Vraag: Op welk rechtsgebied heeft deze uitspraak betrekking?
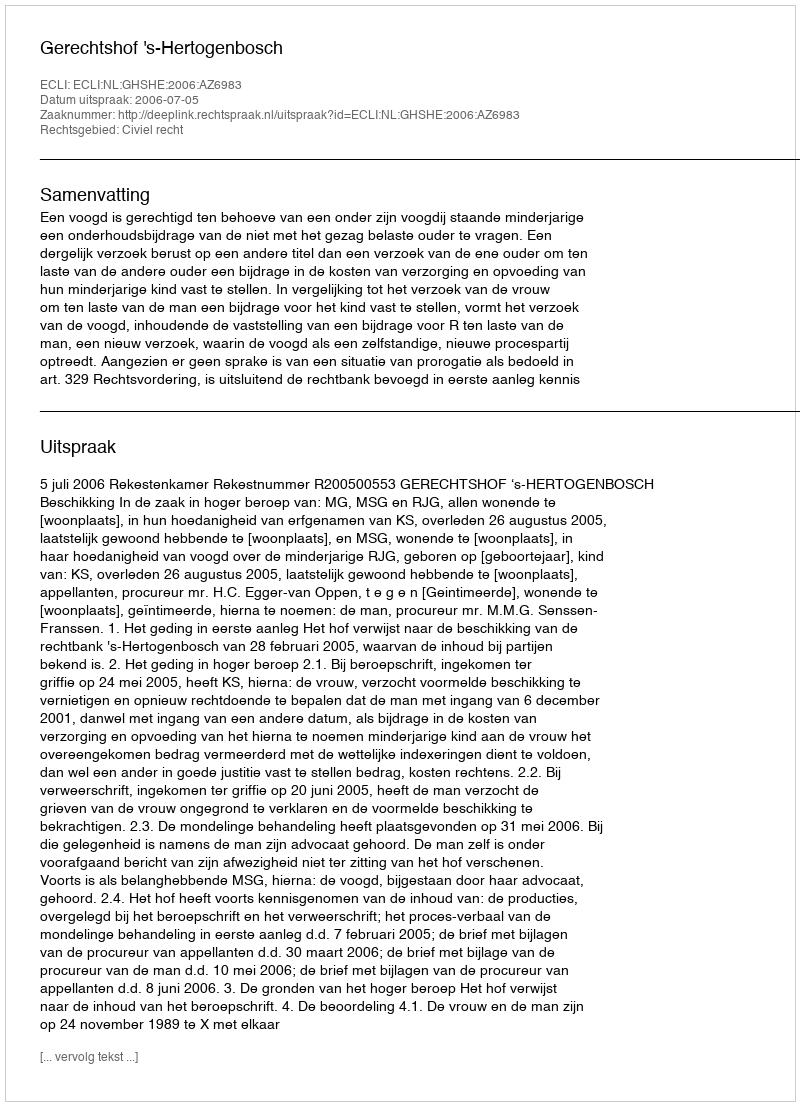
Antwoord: Civiel recht